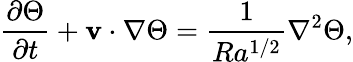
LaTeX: \frac{\partial\Theta}{\partial t}+\mathbf{v}\cdot\mathbf{\nabla}\Theta=\frac{1}{Ra^{1/2}}\mathbf{\nabla}^{2}\Theta,